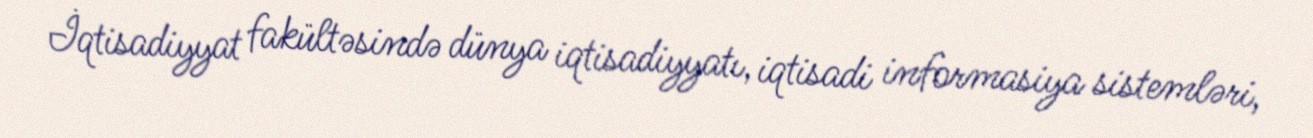
İqtisadiyyat fakültəsində dünya iqtisadiyyatı, iqtisadi informasiya sistemləri,